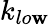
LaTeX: k_{lo\mathbf{w}}